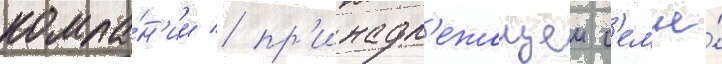
компа́н'ии / пр'инадл'ежащеи с'емье́